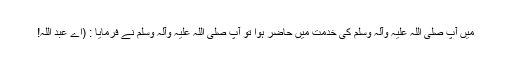
میں آپ صلی اللہ علیہ وآلہ وسلم کی خدمت میں حاضر ہوا تو آپ صلی اللہ علیہ وآلہ وسلم نے فرمایا : (اے عبد اللہ!